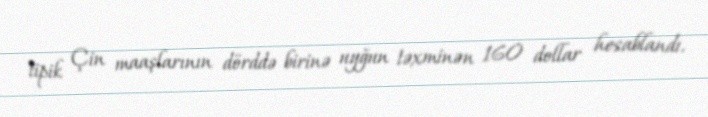
tipik Çin maaşlarının dörddə birinə uyğun təxminən 160 dollar hesablandı.